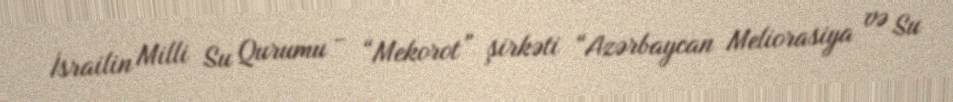
İsrailin Milli Su Qurumu - “Mekorot” şirkəti “Azərbaycan Meliorasiya və Su